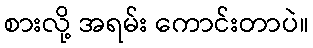
စားလို့ အရမ်း ကောင်းတာပဲ။